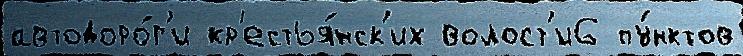
автодоро́г'и кр'естья́нск'их волост'и6 пу́нктов